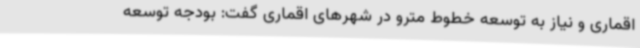
اقماری و نیاز به توسعه خطوط مترو در شهرهای اقماری گفت: بودجه توسعه